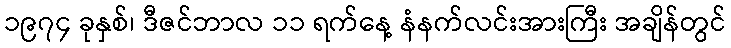
၁၉၇၄ ခုနှစ်၊ ဒီဇင်ဘာလ ၁၁ ရက်နေ့ နံနက်လင်းအားကြီး အချိန်တွင်